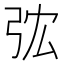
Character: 𢏐